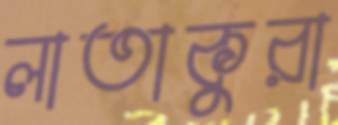
লাতাকুরা